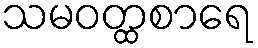
သမဝတ္ထစာရေ